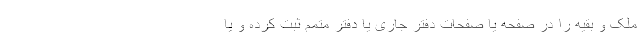
ملک و بقیه را در صفحه یا صفحات دفتر جاری یا دفتر متمم ثبت کرده و یا